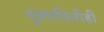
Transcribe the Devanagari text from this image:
मुशाफिरीही